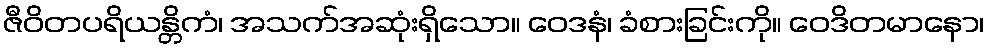
ဇီဝိတပရိယန္တိကံ၊ အသက်အဆုံးရှိသော။ ဝေဒနံ၊ ခံစားခြင်းကို။ ဝေဒိတမာနော၊